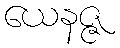
ယေနဇ္ဇ